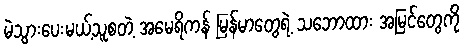
မဲသွားပေးမယ့်သူစတဲ့ အမေရိကန် မြန်မာတွေရဲ့ သဘောထား အမြင်တွေကို